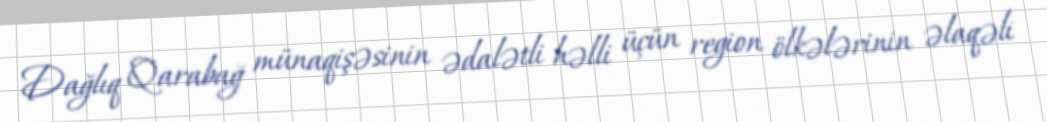
Dağlıq Qarabağ münaqişəsinin ədalətli həlli üçün region ölkələrinin əlaqəli